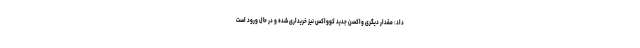
داد: مقدار دیگری واکسن جدید کوواکس نیز خریداری شده و در حال ورود است